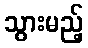
သွားမည့်